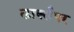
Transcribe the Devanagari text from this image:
लार्क्सपर